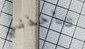
تأخذني